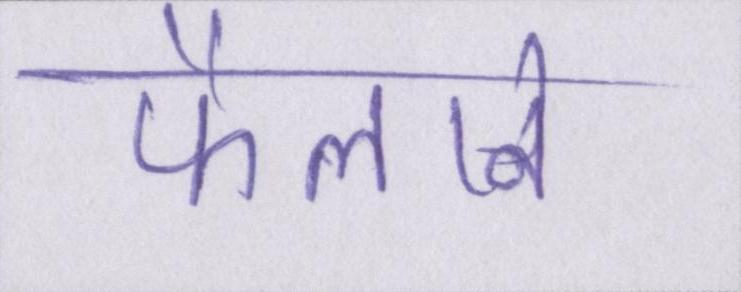
फैलाने